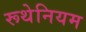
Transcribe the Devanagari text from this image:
रूथेनियम